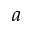
a